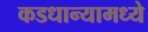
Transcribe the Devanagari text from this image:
कडधान्यामध्ये